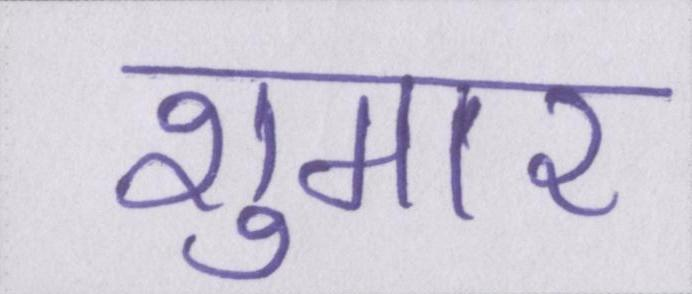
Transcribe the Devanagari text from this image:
शुमार